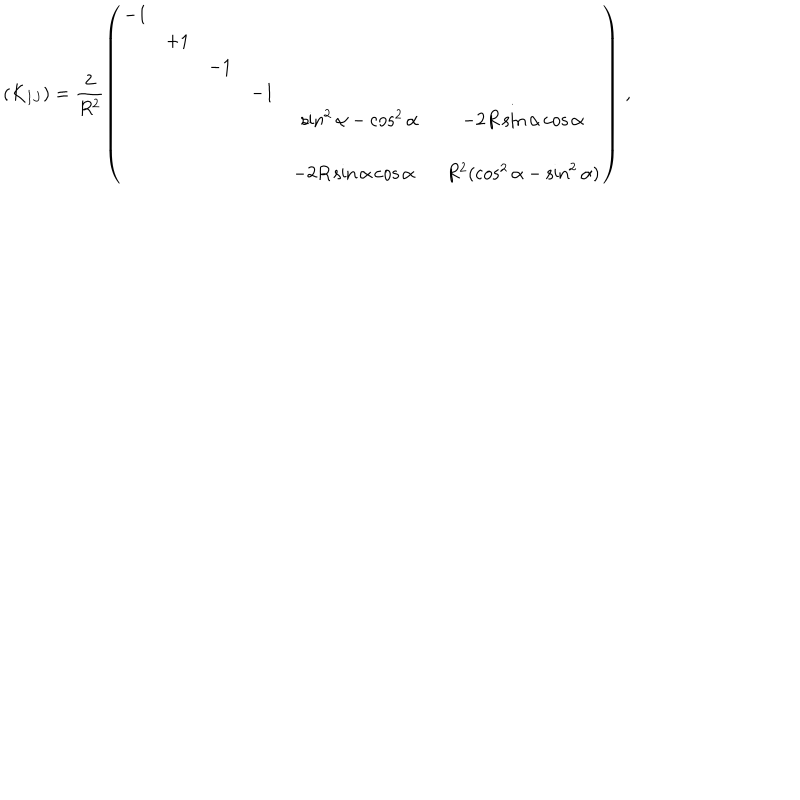
LaTeX: ( K _ { I J } ) = \frac { 2 } { R ^ { 2 } } \left( \begin{array} { c c c c c c } { { - 1 } } & { { } } & { { } } & { { } } & { { } } & { { } } \\ { { } } & { { + 1 } } & { { } } & { { } } & { { } } & { { } } \\ { { } } & { { } } & { { - 1 } } & { { } } & { { } } & { { } } \\ { { } } & { { } } & { { } } & { { - 1 } } & { { } } & { { } } \\ { { } } & { { } } & { { } } & { { } } & { { \sin ^ { 2 } { \alpha } - \cos ^ { 2 } { \alpha } } } & { { - 2 R \sin { \alpha } \cos { \alpha } } } \\ { { } } & { { } } & { { } } & { { } } & { { } } & { { } } \\ { { } } & { { } } & { { } } & { { } } & { { - 2 R \sin { \alpha } \cos { \alpha } \, \, \, \, } } & { { R ^ { 2 } ( \cos ^ { 2 } { \alpha } - \sin ^ { 2 } { \alpha } ) } } \\ \end{array} \right) \, ,